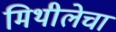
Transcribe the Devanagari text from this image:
मिथीलेचा